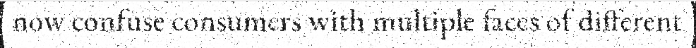
now confuse consumers with multiple faces of different